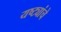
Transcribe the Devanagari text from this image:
यष्ट्यांचे